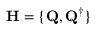
{ \bf H } = \{ { \bf Q } , { \bf Q } ^ { \dag } \}